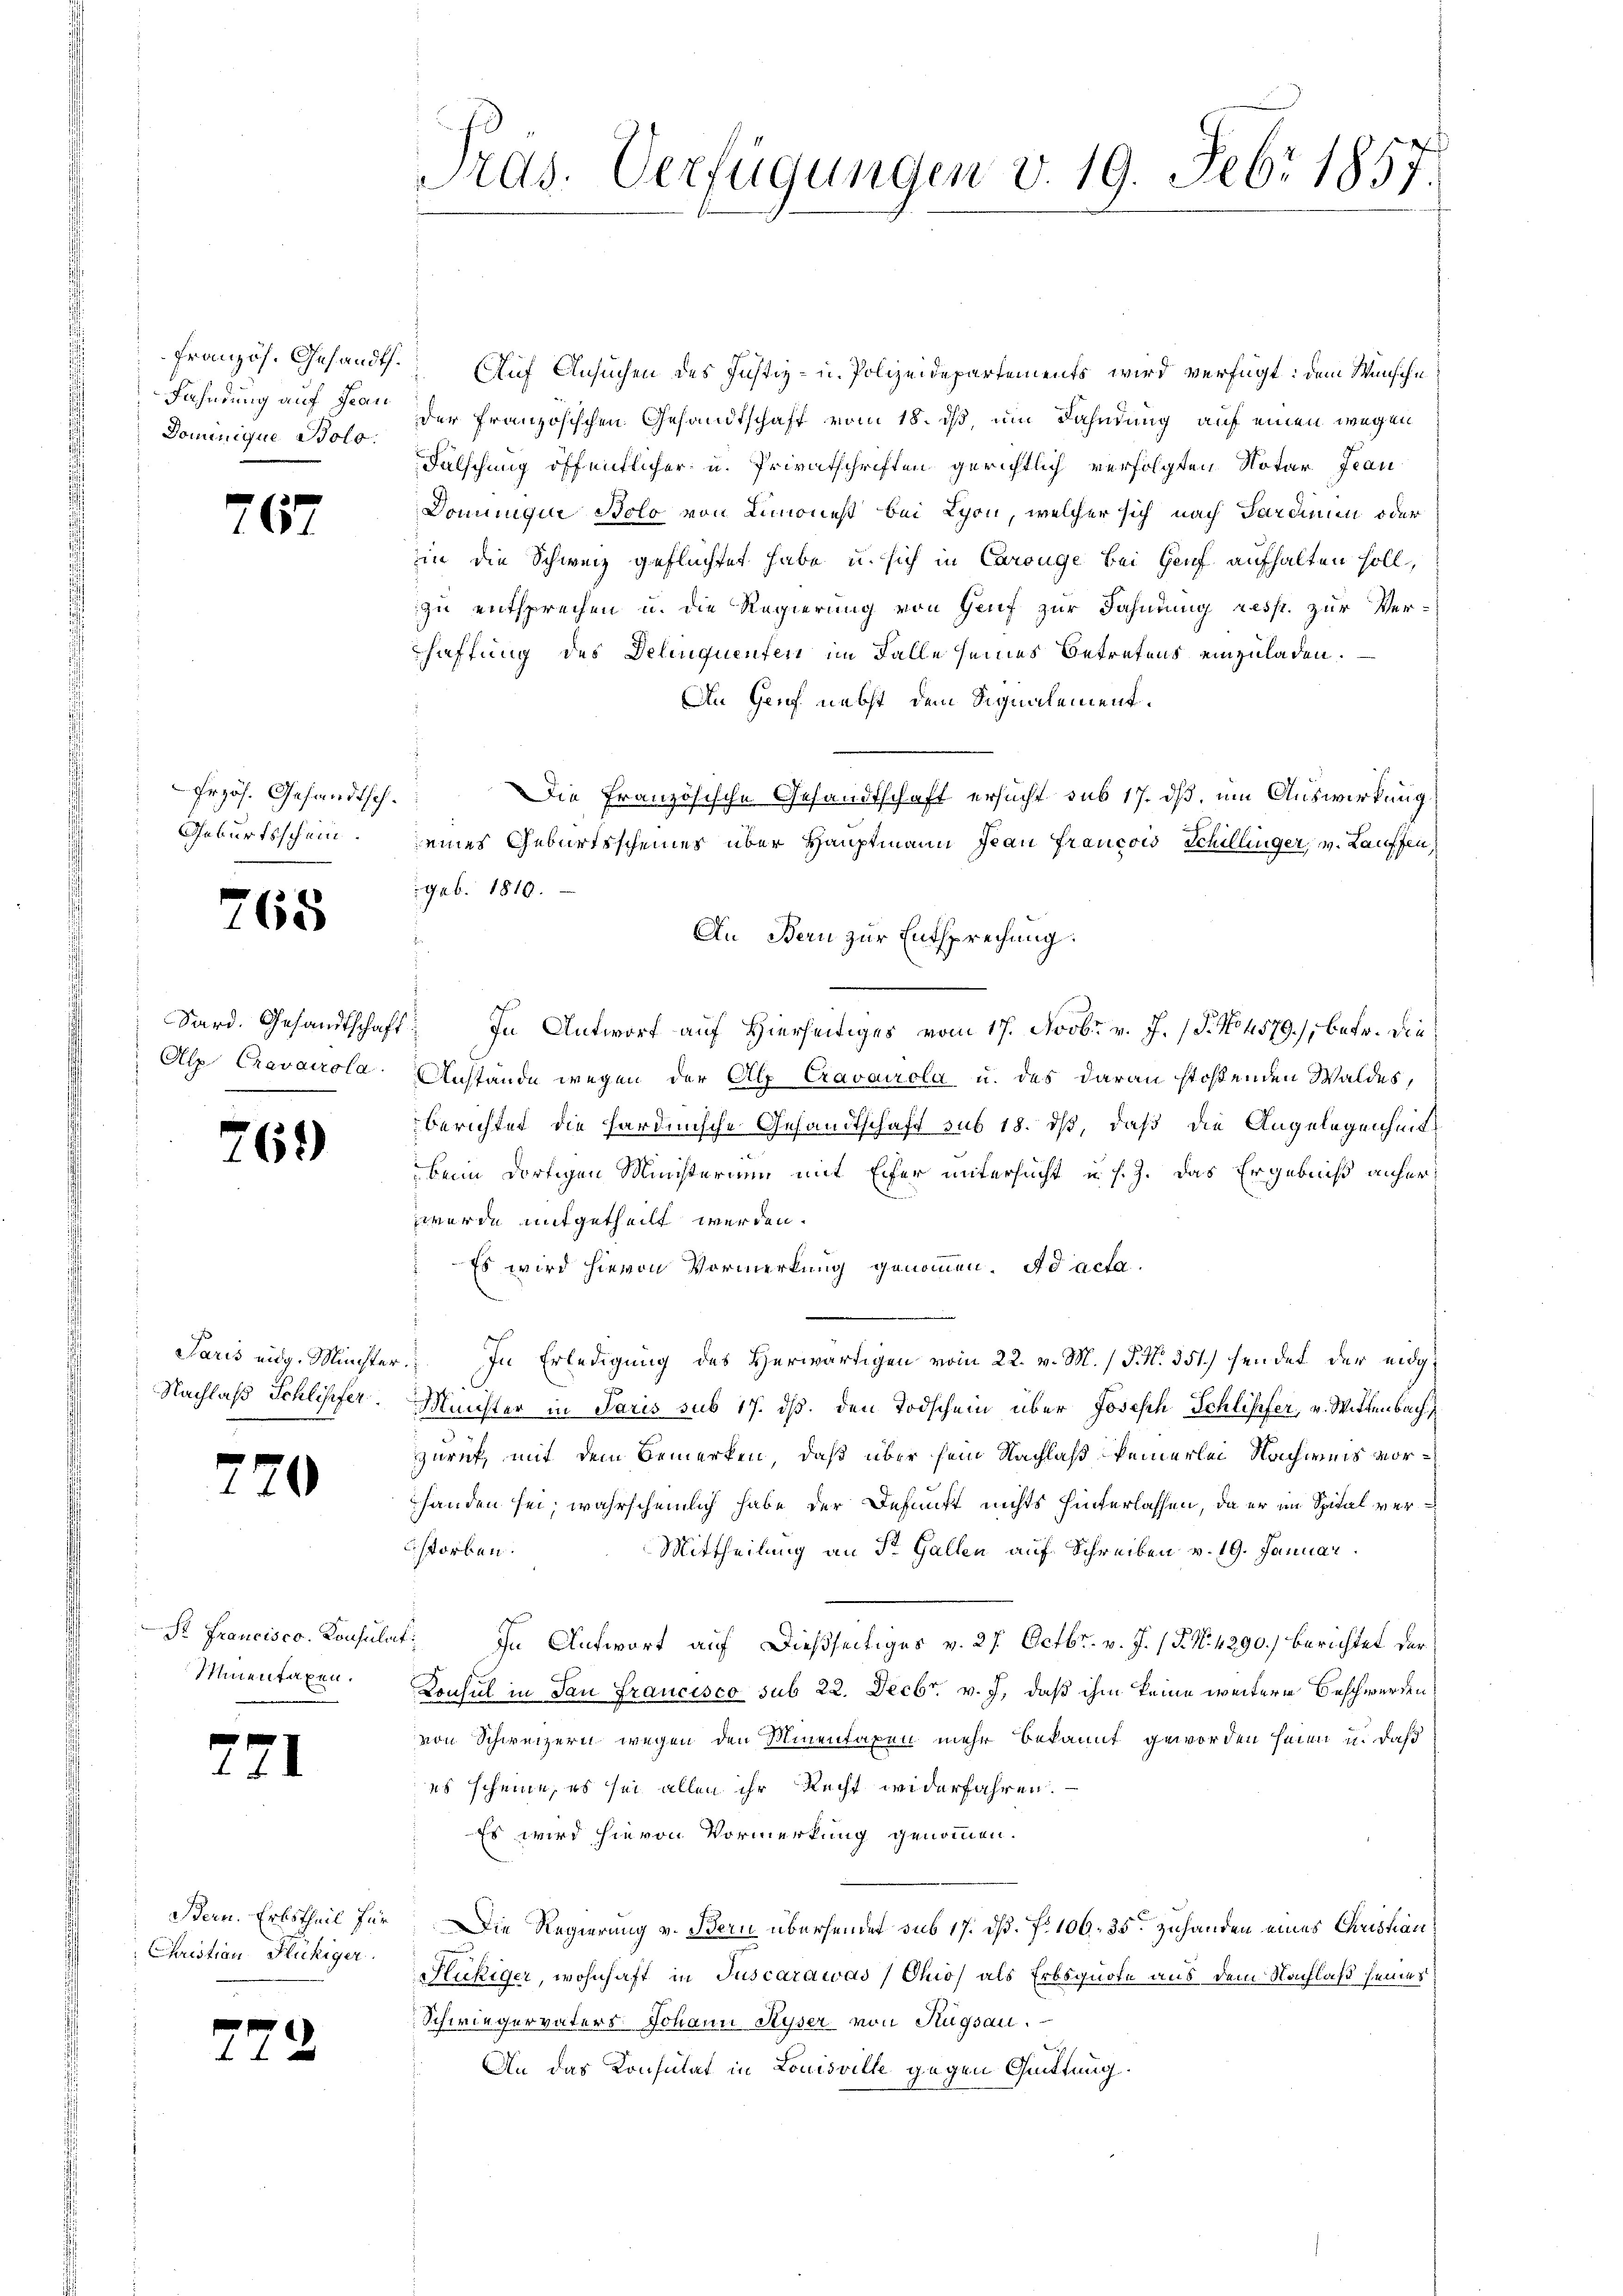
französ. Gesandts
Fahndung auf Grau
Dominique Bolo.

e

767

Erzös. Gesandtsch¬
Geburtsschein

768

Sard. Gesandtschaft
Alp Cravairola

.

Paris eidg. Minister
Nachlaß Schliffer

2

62)

¬

Sr Francisco, Konsula
Minen taxen.

Bern. Erbstheil für
Christian Flückiger.

Pras. Verfügungen v. 19. Febr 1857.

Auf Ansuchen des Justiz- u. Polizeidepartements wird verfügt: dem Wunsche
der französischen Gesandtschaft vom 18. ds, um Dahndung auf einen wegen
Fälschung öffentlicher u. Privatschriften gerichtlich verfolgten Notar Jean
Doniugir Bolo von Limones bei Schon, welcher sich nach Sardinum oder
in die Schweiz geflüchtet habe u. sich in Carouge bei Genf aufhalten soll,
zu entsprechen u. die Regierung von Genf zur Fahndung resp. zur Ver-
haffung des Delinquenten im Falle seines Betretens einzuladen.
An Genf nebst dem Signalement¬
Die Französische Gesandtschaft ersucht sub 17. dß, um Auswirkung
eines Geburtsscheines über Hauptmann Jean Francois Schillinger, v. Lauffen,
geb. 1810.
An Bern zur Entsprechung:
: In Antwort auf Hierseitiges vom 17. Novbr. v. J. (T. No 579), betr. die
Anstande wegen der Alp Cravairola u. das daran stoßenden Waldes,
berichtet die hardinsche Gesandtschaft sub 18. dß, daß die Angelegenheit
beim dortigen Ministerium mit Eifer untersucht u. s. J. das Ergebniß anher
werde mitgetheilt werden.
Es wird hievon Vormerkung genommen. Ad acta.
In Erledigung des Herwärtigen vom 22. v. M. / P. Nr. 351.) sendet der eidg¬
Minister in Paris sub 17. ds. den Todschein über Joseph Schliffer, v. Mittenbach
Zürich, mit dem Bemerken, daß über sein Nachlaß keinerlei Nachweis vorhanden sei, wahrscheinlich habe der Befunft nichts hinterlassen, da er im Spital verstorben.
Mittheilung an St. Gallen auf Schreiben v. 19. Januar
 In Antwort auf dießseitiges v. 27. Octbr. v. J. (T. N. 4290.) berichtet der
Konsul in San Francisco sub 22. Decbr. v. J., daß ihm keine weitere Beschwerden
von Schweizern wegen den Minentaxen mehr bekannt geworden seien, u. daß
es scheine, es sei allen ihr Recht widerfahren.
Es wird hievon Vormerkung genommen.
Die Regierung v. Bern überheiner sub 17. ds. f. 106. 35. zuhanden eines Christian
Kuhiger, wohnhaft in Juscarawas, Ohio, als Erbsquote aus dem Nachlaß seines
Schwiegervaters Johann Ryser von Rügsau.
An das Konsulat in Louisville gegen Quittung